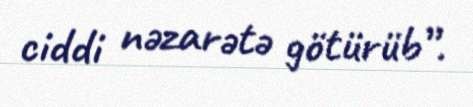
ciddi nəzarətə götürüb”.